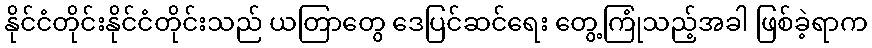
နိုင်ငံတိုင်းနိုင်ငံတိုင်းသည် ယတြာတွေ ဒေပြင်ဆင်ရေး တွေ့ကြုံသည့်အခါ ဖြစ်ခဲ့ရာက